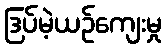
ဒြပ်မဲ့ယဉ်ကျေးမှု